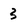
Character: 3